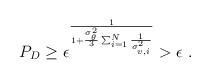
LaTeX: \begin{align*}P_{D}\ge \epsilon^{\frac{1}{1+\frac{\sigma_{\theta}^2}{3}\sum_{i=1}^N\frac{1}{\sigma_{v,i}^2}}} > \epsilon \; .\end{align*}